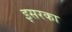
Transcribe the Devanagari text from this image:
इसरका